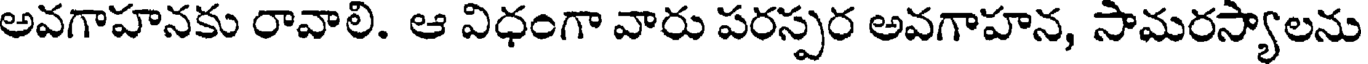
అవగాహనకు రావాలి. ఆ విధంగా వారు పరస్పర అవగాహన, సామరస్యాలను